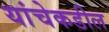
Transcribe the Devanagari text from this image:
यांचेकडील